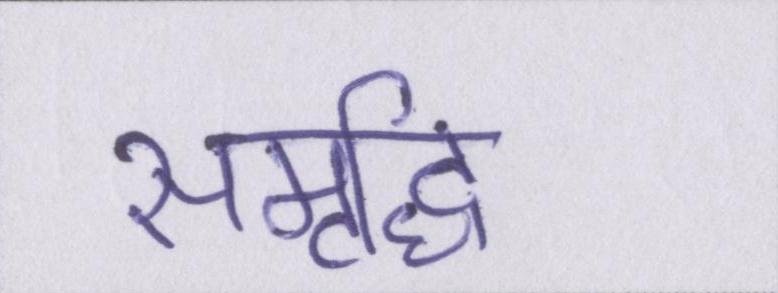
समृध्दि